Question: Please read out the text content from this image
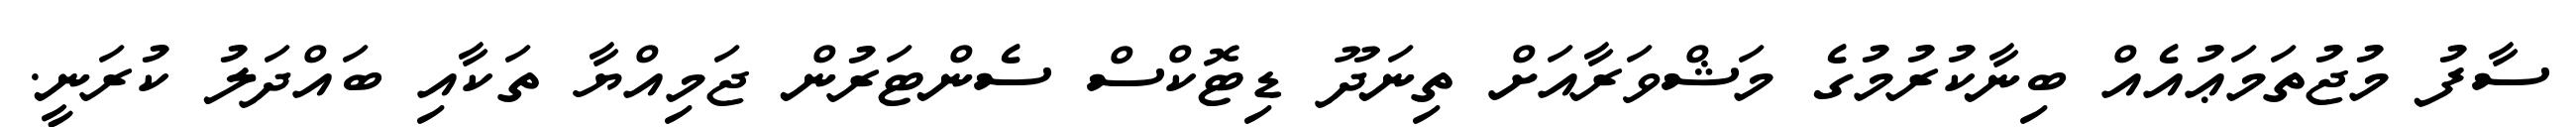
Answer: ސާފު މުޖުތަމަޢުއެއް ބިނާކުރުމުގެ މަޝްވަރާއަށް ތިނަދޫ ޑިޓޮކްސް ސެންޓަރުން ޖަމިއްޔާ ތަކާއި ބައްދަލު ކުރަނީ.